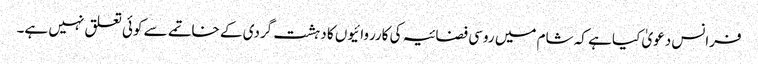
فرانس دعویٰ کیا ہے کہ شام میں روسی فضائیہ کی کارروائیوں کا دہشت گردی کے خاتمے سے کوئی تعلق نہیں ہے۔